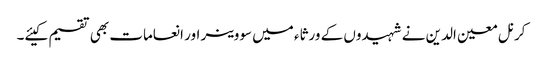
کرنل معین الدین نے شہیدوں کے ورثاء میں سووینر اور انعامات بھی تقسیم کیئے۔